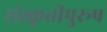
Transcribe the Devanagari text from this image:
संस्कृतीपुरूष